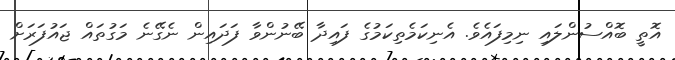
އޮތީ ބޮއްސުންލައި ނިމިފައެވެ. އެނިކަމެތިކަމުގެ ފައިދާ ބޭނުންވާ ފަދައިން ނެގޭނެ މަގުތައް ޖައުފަރަށް